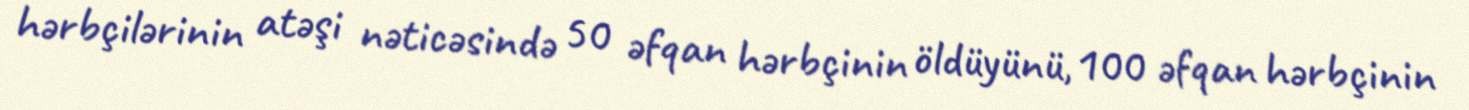
hərbçilərinin atəşi nəticəsində 50 əfqan hərbçinin öldüyünü, 100 əfqan hərbçinin